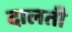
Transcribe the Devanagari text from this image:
दालती